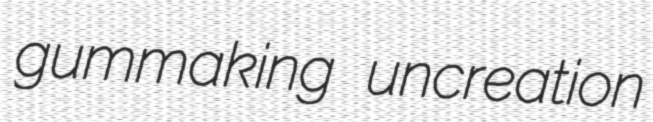
gummaking uncreation